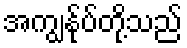
အကျွန်ုပ်တို့သည်